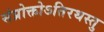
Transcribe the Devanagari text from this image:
संप्रोक्तोऽतिरथस्तु